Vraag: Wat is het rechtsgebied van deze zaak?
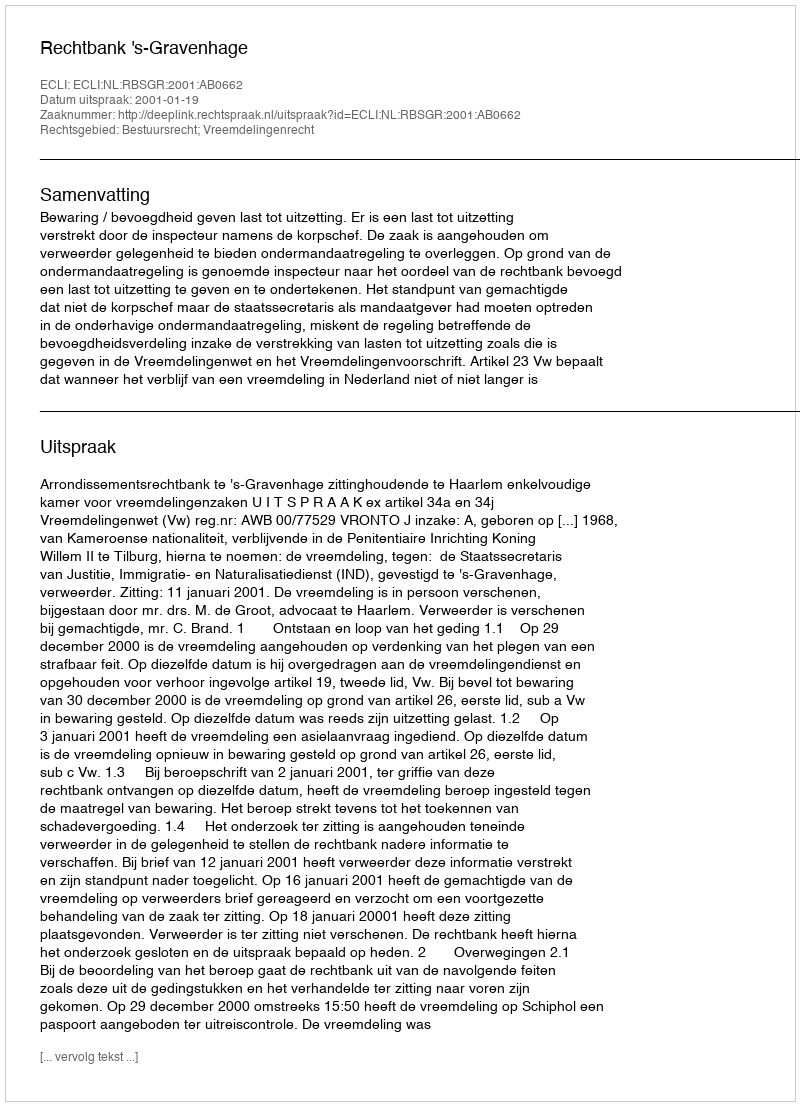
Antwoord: Bestuursrecht; Vreemdelingenrecht